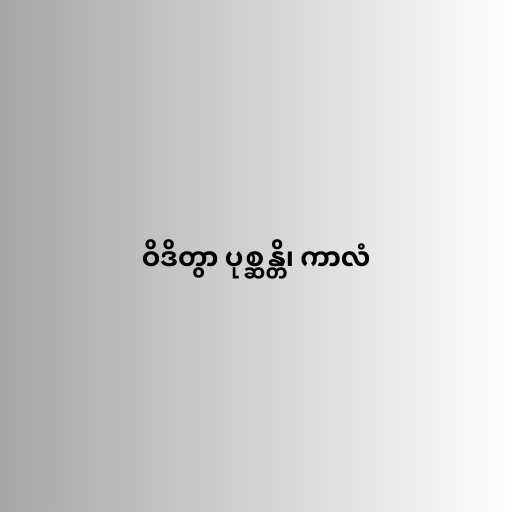
ဝိဒိတွာ ပုစ္ဆန္တိ၊ ကာလံ